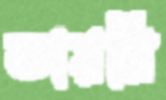
ডায়রি